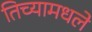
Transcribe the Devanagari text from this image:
तिच्यामधले